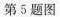
第5题图